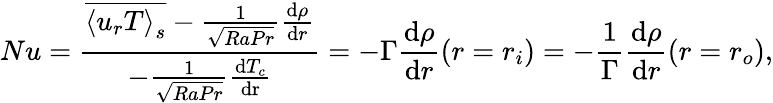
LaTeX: Nu=\frac{\overline{{\left\langle u_{r}T\right\rangle_{s}}}-\frac{1}{\sqrt{RaPr}}\frac{\mathrm{d}\rho}{\mathrm{d}r}}{-\frac{1}{\sqrt{RaPr}}\frac{\mathrm{d}T_{c}}{\mathrm{dr}}}=-\Gamma\frac{\mathrm{d}\rho}{\mathrm{d}r}\left(r=r_{i}\right)=-\frac{1}{\Gamma}\frac{\mathrm{d}\rho}{\mathrm{d}r}\left(r=r_{o}\right),